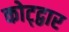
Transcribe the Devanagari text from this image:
कोट्द्वार